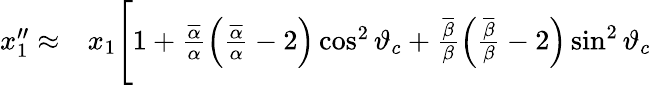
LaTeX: \begin{array}{rl}{x_{1}^{\prime\prime}\approx}&{{}x_{1}\Bigg[1+\frac{\overline{{\alpha}}}{\alpha}\left(\frac{\overline{{\alpha}}}{\alpha}-2\right)\cos^{2}\vartheta_{c}+\frac{\overline{{\beta}}}{\beta}\left(\frac{\overline{{\beta}}}{\beta}-2\right)\sin^{2}\vartheta_{c}}\end{array}